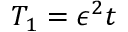
T _ { 1 } = \epsilon ^ { 2 } t